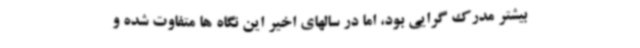
بیشتر مدرک گرایی بود، اما در سالهای اخیر این نگاه ها متفاوت شده و